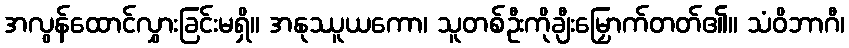
အလွန်ထောင်လွှားခြင်းမရှိ။ အနုဿူယကော၊ သူတစ်ဦးကိုချီးမြှောက်တတ်၏။ သံဝိဘာဂီ၊